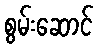
စွမ်းဆောင်